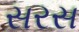
સરસ